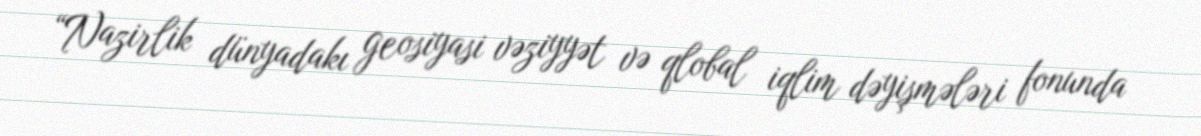
“Nazirlik dünyadakı geosiyasi vəziyyət və qlobal iqlim dəyişmələri fonunda